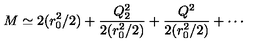
M \simeq 2 ( r _ { 0 } ^ { 2 } / 2 ) + \frac { Q _ { 2 } ^ { 2 } } { 2 ( r _ { 0 } ^ { 2 } / 2 ) } + \frac { Q ^ { 2 } } { 2 ( r _ { 0 } ^ { 2 } / 2 ) } + \cdots